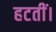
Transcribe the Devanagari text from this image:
हटतीं।